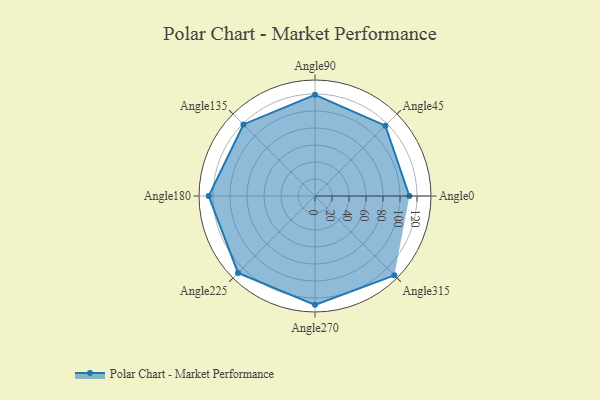
{"axis": {"x": "Angle", "y": "Radius"}, "legend": [""], "data": [{"x": "Angle0", "y": 111.0, "type": ""}, {"x": "Angle45", "y": 117.0, "type": ""}, {"x": "Angle90", "y": 119.0, "type": ""}, {"x": "Angle135", "y": 119.0, "type": ""}, {"x": "Angle180", "y": 125.0, "type": ""}, {"x": "Angle225", "y": 128.0, "type": ""}, {"x": "Angle270", "y": 128.0, "type": ""}, {"x": "Angle315", "y": 132.0, "type": ""}]}